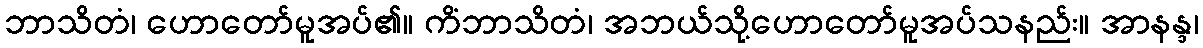
ဘာသိတံ၊ ဟောတော်မူအပ်၏။ ကိံဘာသိတံ၊ အဘယ်သို့ဟောတော်မူအပ်သနည်း။ အာနန္ဒ၊